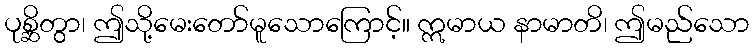
ပုစ္ဆိတွာ၊ ဤသို့မေးတော်မူသောကြောင့်။ ဣမာယ နာမာတိ၊ ဤမည်သော